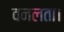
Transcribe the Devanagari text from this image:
वनलता।